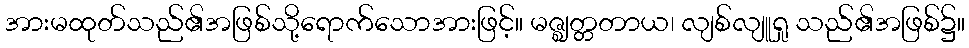
အားမထုတ်သည်၏အဖြစ်သို့ရောက်သောအားဖြင့်။ မဇ္ဈတ္တတာယ၊ လျစ်လျူရှု သည်၏အဖြစ်၌။